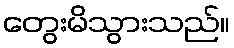
တွေးမိသွားသည်။